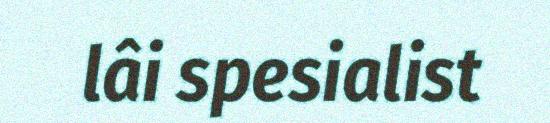
lâi spesialist